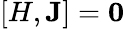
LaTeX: [H,\mathbf{J}]=\mathbf{0}